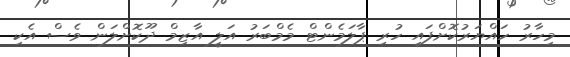
މިހާރު ހައްޔަރުކޮށްފައި ހުރި ޕާލަމެންޓް މެމްބަރު އަލީ އާޒިމް ދޫކޮށްލަން ވެސް އެކި